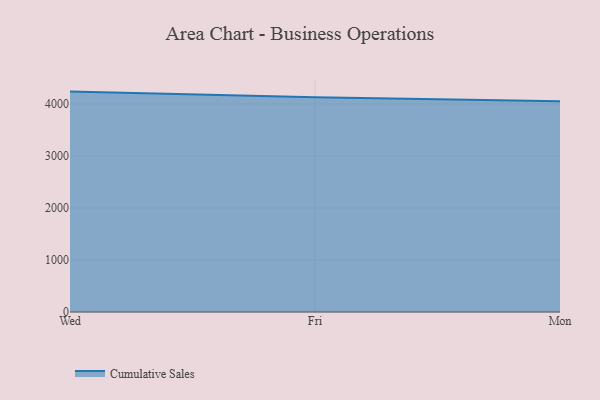
{"axis": {"x": "Day", "y": "Churn Rate (%)"}, "legend": ["Cumulative Sales"], "data": [{"x": "Wed", "y": 4237.2, "type": "Cumulative Sales"}, {"x": "Fri", "y": 4128.0, "type": "Cumulative Sales"}, {"x": "Mon", "y": 4053.1, "type": "Cumulative Sales"}]}